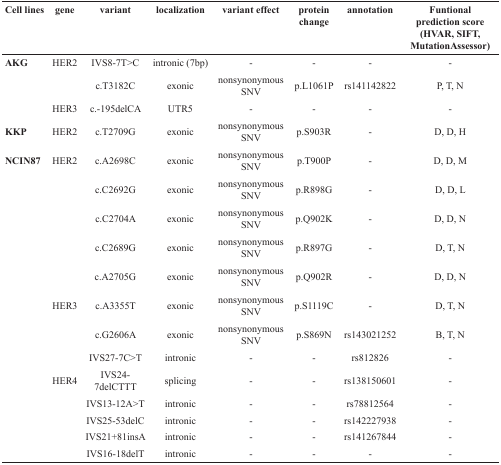
<table><thead><tr><td><b>Cell lines</b></td><td><b>gene</b></td><td><b>variant</b></td><td><b>localization</b></td><td><b>variant effect</b></td><td><b>protein change</b></td><td><b>annotation</b></td><td><b>Funtional prediction score (HVAR, SIFT, MutationAssessor)</b></td></tr></thead><tbody><tr><td><b>AKG</b></td><td>HER2</td><td>IVS8-7T&gt;C</td><td>intronic (7bp)</td><td>-</td><td>-</td><td>-</td><td>-</td></tr><tr><td></td><td></td><td>c.T3182C</td><td>exonic</td><td>nonsynonymous SNV</td><td>p.L1061P</td><td>rs141142822</td><td>P, T, N</td></tr><tr><td></td><td>HER3</td><td>c.-195delCA</td><td>UTR5</td><td>-</td><td>-</td><td>-</td><td>-</td></tr><tr><td><b>KKP</b></td><td>HER2</td><td>c.T2709G</td><td>exonic</td><td>nonsynonymous SNV</td><td>p.S903R</td><td>-</td><td>D, D, H</td></tr><tr><td><b>NCIN87</b></td><td>HER2</td><td>c.A2698C</td><td>exonic</td><td>nonsynonymous SNV</td><td>p.T900P</td><td>-</td><td>D, D, M</td></tr><tr><td></td><td></td><td>c.C2692G</td><td>exonic</td><td>nonsynonymous SNV</td><td>p.R898G</td><td>-</td><td>D, D, L</td></tr><tr><td></td><td></td><td>c.C2704A</td><td>exonic</td><td>nonsynonymous SNV</td><td>p.Q902K</td><td>-</td><td>D, D, N</td></tr><tr><td></td><td></td><td>c.C2689G</td><td>exonic</td><td>nonsynonymous SNV</td><td>p.R897G</td><td>-</td><td>D, T, N</td></tr><tr><td></td><td></td><td>c.A2705G</td><td>exonic</td><td>nonsynonymous SNV</td><td>p.Q902R</td><td>-</td><td>D, D, N</td></tr><tr><td></td><td>HER3</td><td>c.A3355T</td><td>exonic</td><td>nonsynonymous SNV</td><td>p.S1119C</td><td>-</td><td>D, T, N</td></tr><tr><td></td><td></td><td>c.G2606A</td><td>exonic</td><td>nonsynonymous SNV</td><td>p.S869N</td><td>rs143021252</td><td>B, T, N</td></tr><tr><td></td><td></td><td>IVS27-7C&gt;T</td><td>intronic</td><td>-</td><td>-</td><td>rs812826</td><td>-</td></tr><tr><td></td><td>HER4</td><td>IVS24-7delCTTT</td><td>splicing</td><td>-</td><td>-</td><td>rs138150601</td><td>-</td></tr><tr><td></td><td></td><td>IVS13-12A&gt;T</td><td>intronic</td><td>-</td><td>-</td><td>rs78812564</td><td>-</td></tr><tr><td></td><td></td><td>IVS25-53delC</td><td>intronic</td><td>-</td><td>-</td><td>rs142227938</td><td>-</td></tr><tr><td></td><td></td><td>IVS21+81insA</td><td>intronic</td><td>-</td><td>-</td><td>rs141267844</td><td>-</td></tr><tr><td></td><td></td><td>IVS16-18delT</td><td>intronic</td><td>-</td><td>-</td><td>-</td><td>-</td></tr></tbody></table>